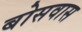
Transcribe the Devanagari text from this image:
बोसवास